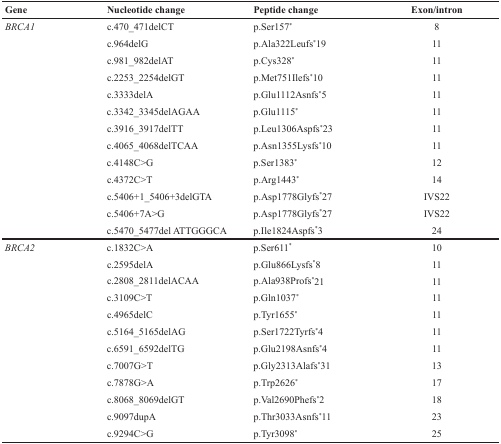
| Gene | Nucleotide change | Peptide change | Exon/intron |
 | --- | --- | --- | --- |
 | BRCA1 | c.470_471delCT | p.Ser157* | 8 |
 |  | c.964delG | p.Ala322Leufs*19 | 11 |
 |  | c.981_982delAT | p.Cys328* | 11 |
 |  | c.2253_2254delGT | p.Met751Ilefs*10 | 11 |
 |  | c.3333delA | p.Glu1112Asnfs*5 | 11 |
 |  | c.3342_3345delAGAA | p.Glu1115* | 11 |
 |  | c.3916_3917delTT | p.Leu1306Aspfs*23 | 11 |
 |  | c.4065_4068delTCAA | p.Asn1355Lysfs*10 | 11 |
 |  | c.4148C>G | p.Ser1383* | 12 |
 |  | c.4372C>T | p.Arg1443* | 14 |
 |  | c.5406+1_5406+3delGTA | p.Asp1778Glyfs*27 | IVS22 |
 |  | c.5406+7A>G | p.Asp1778Glyfs*27 | IVS22 |
 |  | c.5470_5477del ATTGGGCA | p.Ile1824Aspfs*3 | 24 |
 | BRCA2 | c.1832C>A | p.Ser611* | 10 |
 |  | c.2595delA | p.Glu866Lysfs*8 | 11 |
 |  | c.2808_2811delACAA | p.Ala938Profs*21 | 11 |
 |  | c.3109C>T | p.Gln1037* | 11 |
 |  | c.4965delC | p.Tyr1655* | 11 |
 |  | c.5164_5165delAG | p.Ser1722Tyrfs*4 | 11 |
 |  | c.6591_6592delTG | p.Glu2198Asnfs*4 | 11 |
 |  | c.7007G>T | p.Gly2313Alafs*31 | 13 |
 |  | c.7878G>A | p.Trp2626* | 17 |
 |  | c.8068_8069delGT | p.Val2690Phefs*2 | 18 |
 |  | c.9097dupA | p.Thr3033Asnfs*11 | 23 |
 |  | c.9294C>G | p.Tyr3098* | 25 |